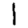
Digit: 1